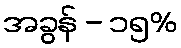
အခွန် - ၁၅%